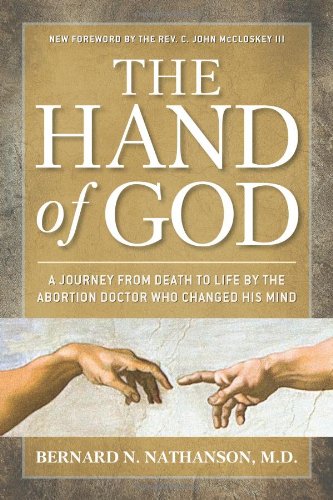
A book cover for Hand of God: A Journey from Death to Life by The Abortion Doctor Who Changed His Mind; Bernard Nathanson; Politics & Social Sciences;